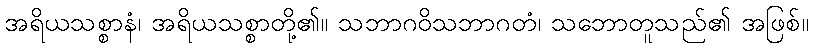
အရိယသစ္စာနံ၊ အရိယသစ္စာတို့၏။ သဘာဂဝိသဘာဂတံ၊ သဘောတူသည်၏ အဖြစ်။